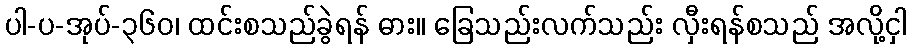
ပါ-ပ-အုပ်-၃၆၀၊ ထင်းစသည်ခွဲရန် ဓား။ ခြေသည်းလက်သည်း လှီးရန်စသည် အလို့ငှါ